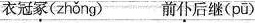
衣冠\underset{·}{冢}( zhǒng ) 前\underset{·}{仆}后继( pū )